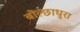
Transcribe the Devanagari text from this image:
बोल्छाधुरा